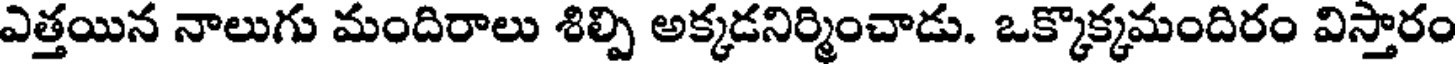
ఎత్తయిన నాలుగు మందిరాలు శిల్పి అక్కడనిర్మించాడు. ఒక్కొక్కమందిరం విస్తారం